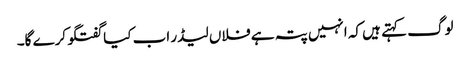
لوگ کہتے ہیں کہ انہیں پتہ ہے فلاں لیڈر اب کیا گفتگو کرے گا۔